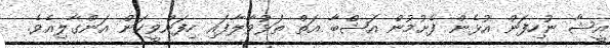
އީޝާ ނުހިފަން އުޅެން ފެށުމުން އަޝްބާ އަތް ތަޅުވާލާފައި ހިފަންވީކަން އަންގާލިއެވެ.